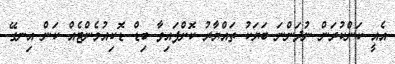
އެއީ ކަންކުރަން ނުދަންނަ ބަޔަކު ތައްޔާރު ކޮށްފައިވާ ބިޑް ޑޮކިއުމެންޓެއް ކަން އިނގޭ